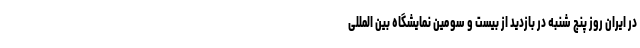
در ایران روز پنج شنبه در بازدید از بیست و سومین نمایشگاه بین المللی